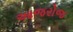
આજરોજ